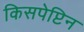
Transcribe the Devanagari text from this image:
किसपेप्टिन